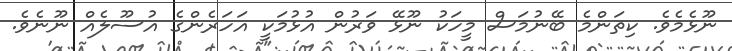
ނޫޅެމެވެ. ކިތަންމެ ބޭނުމަސް މީހަކު ނޫޅޭ ވަރުން އުޅުމަކީ އަހަރެންގެ އުސޫލެއް ނޫނެވެ.